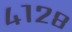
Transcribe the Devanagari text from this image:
४१२८